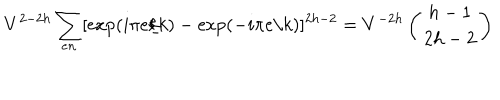
V ^ { 2 - 2 h } \sum _ { e n } [ \mathrm { e x p } ( i \pi e / k ) - \mathrm { e x p } ( - i \pi e / k ) ] ^ { 2 h - 2 } = V ^ { - 2 h } \left( \begin{array} { c } { { h - 1 } } \\ { { 2 h - 2 } } \\ \end{array} \right)